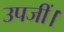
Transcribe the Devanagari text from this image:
उपजीं।